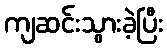
ကျဆင်းသွားခဲ့ပြီး